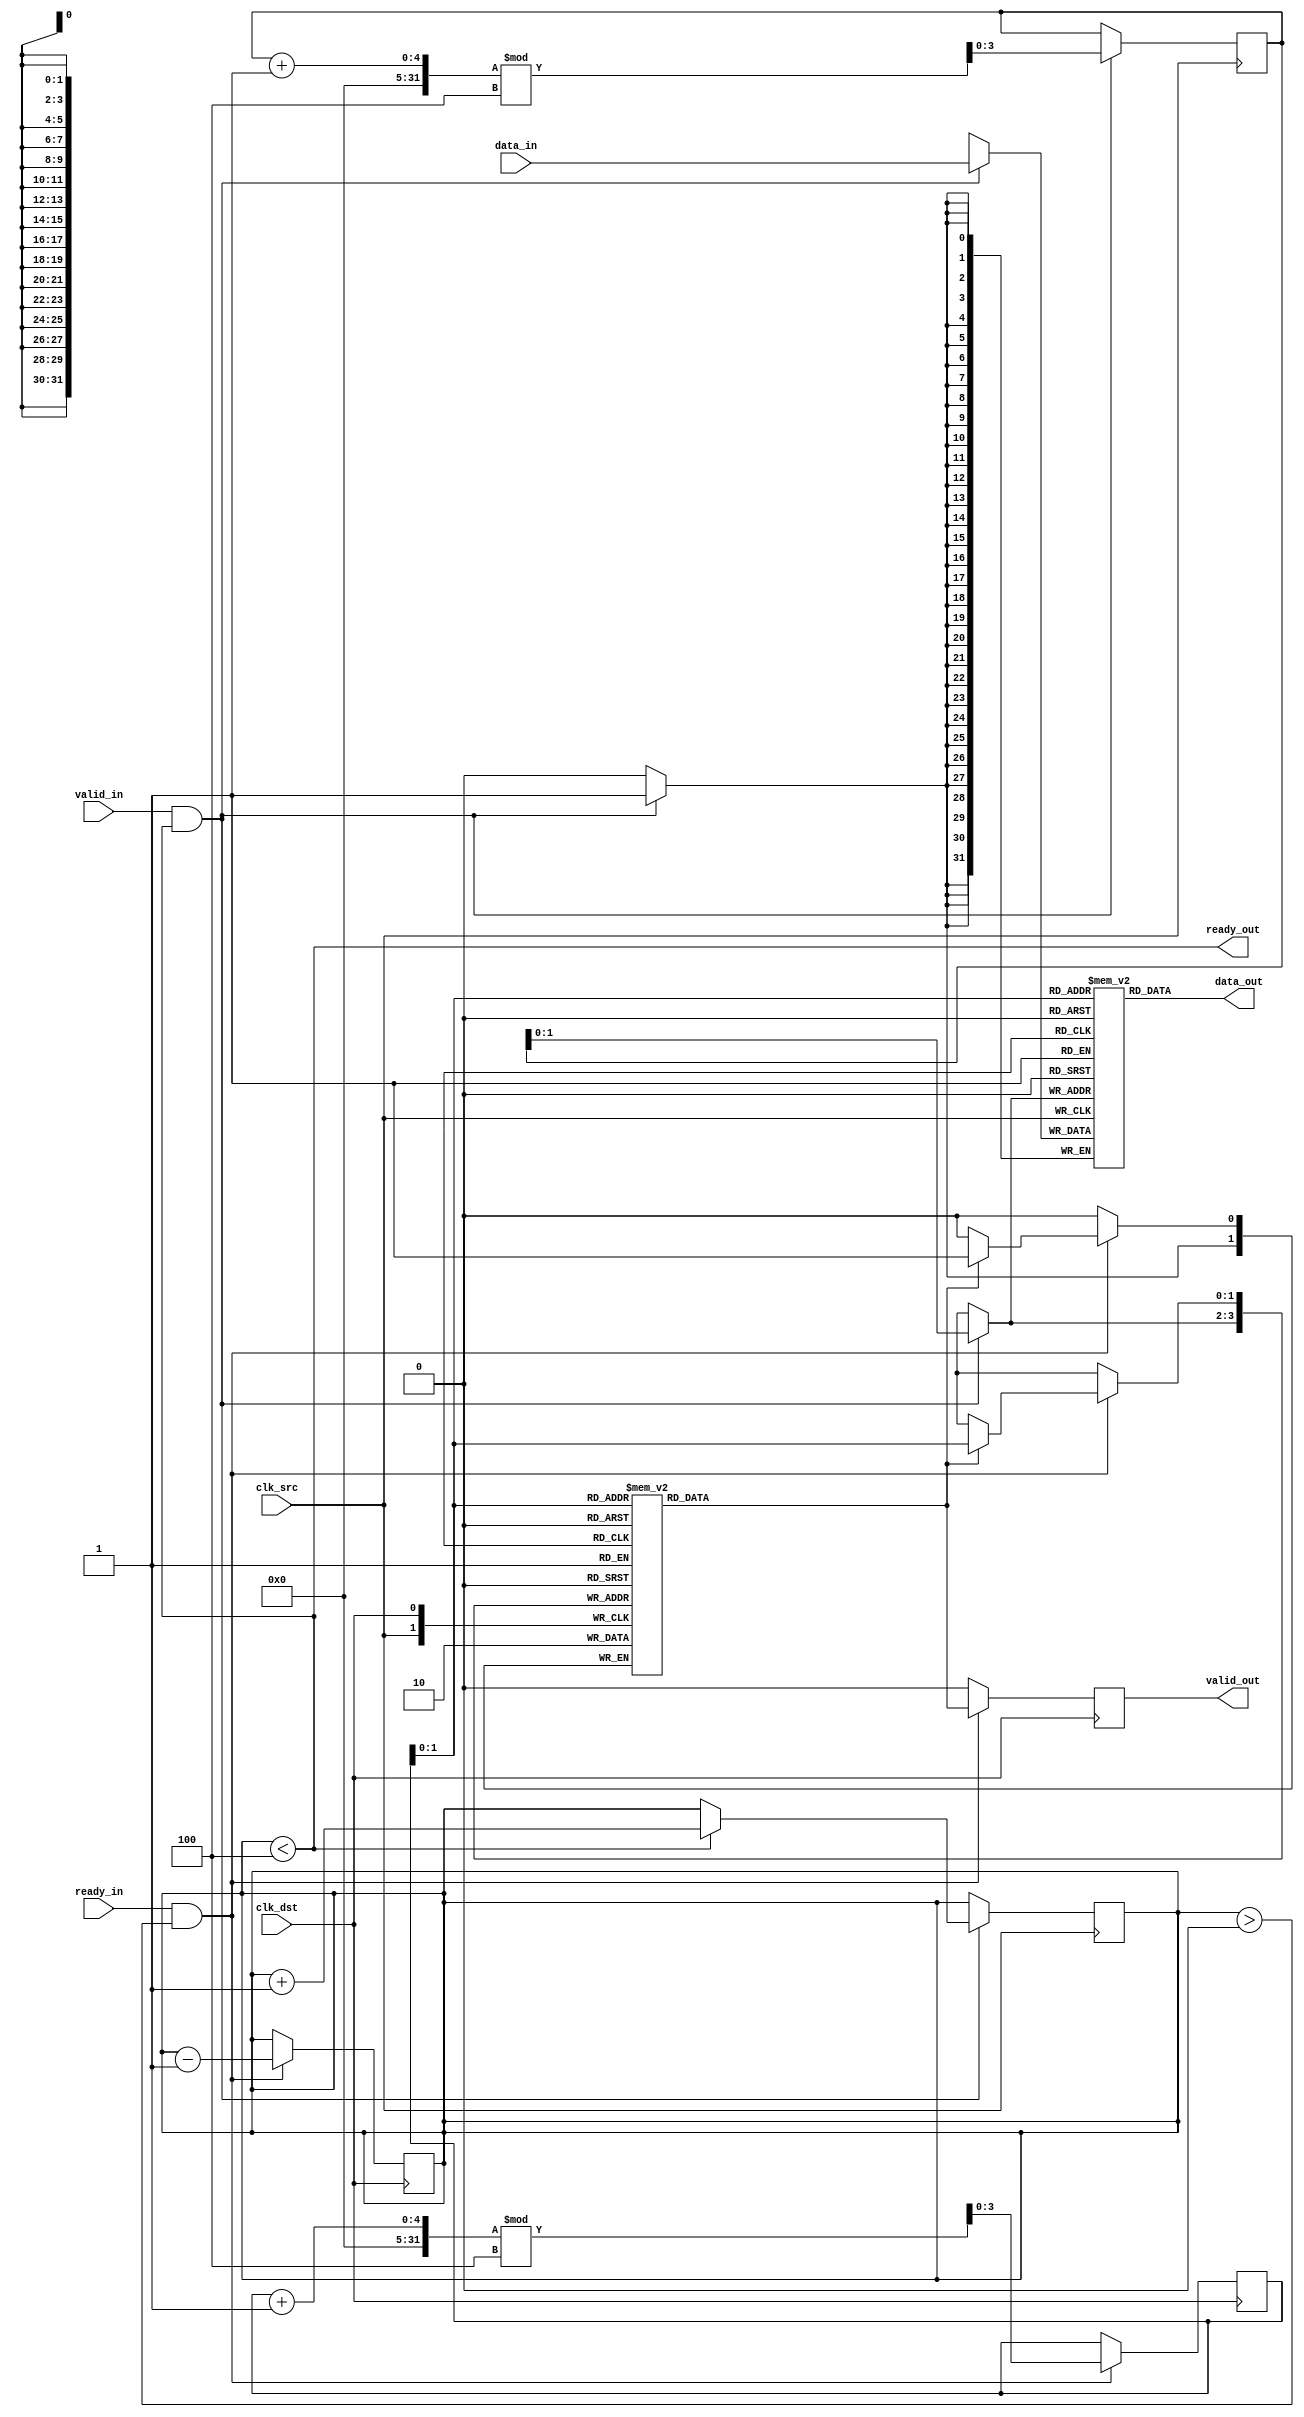
module MemoryBlocksPipelineSynchronizer #(
    parameter DATA_WIDTH = 32,
    parameter NUM_STAGES = 4,
    parameter FIFO_DEPTH = 4
) (
    input  wire clk_src,               // Source clock
    input  wire clk_dst,               // Destination clock
    input  wire [DATA_WIDTH-1:0] data_in, // Data input from source
    input  wire valid_in,              // Valid signal from source
    output wire ready_out,             // Ready signal for source
    output wire [DATA_WIDTH-1:0] data_out, // Data output to destination
    output wire valid_out,             // Valid signal to destination
    input  wire ready_in                // Ready signal from destination
);

    // Internal signals
    reg [DATA_WIDTH-1:0] buffer[0:FIFO_DEPTH-1];
    reg [FIFO_DEPTH-1:0] write_ptr;
    reg [FIFO_DEPTH-1:0] read_ptr;
    reg [FIFO_DEPTH-1:0] count;
    reg valid_buffer[FIFO_DEPTH-1:0];
    reg valid_out_reg;
    reg ready_out_reg;

    // Handshaking signals
    assign ready_out = (count < FIFO_DEPTH);
    assign data_out = buffer[read_ptr];
    assign valid_out = valid_out_reg;

    // Write logic (synchronous with source clock)
    always @(posedge clk_src) begin
        if (valid_in && ready_out) begin
            buffer[write_ptr] <= data_in;
            valid_buffer[write_ptr] <= 1'b1;
            write_ptr <= (write_ptr + 1) % FIFO_DEPTH;
            if (count < FIFO_DEPTH) begin
                count <= count + 1;
            end
        end
    end

    // Read logic (synchronous with destination clock)
    always @(posedge clk_dst) begin
        if (ready_in && (count > 0)) begin
            valid_out_reg <= valid_buffer[read_ptr];
            if (valid_buffer[read_ptr]) begin
                valid_buffer[read_ptr] <= 1'b0; // Clear valid after read
            end
            read_ptr <= (read_ptr + 1) % FIFO_DEPTH;
            count <= count - 1;
        end else begin
            valid_out_reg <= 1'b0; // Clear valid if not ready
        end
    end

    // Initialization
    initial begin
        write_ptr = 0;
        read_ptr = 0;
        count = 0;
        valid_out_reg = 0;
        ready_out_reg = 0;
    end

endmodule